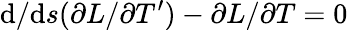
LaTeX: \textrm{d}/\textrm{d}s(\partial L/\partial T^{\prime})-\partial L/\partial T=0